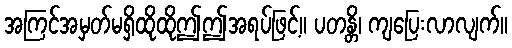
အကြင်အမှတ်မရှိထိုထိုဤဤအရပ်ဖြင့်။ ပတန္တိ၊ ကျပြေးလာလျက်။